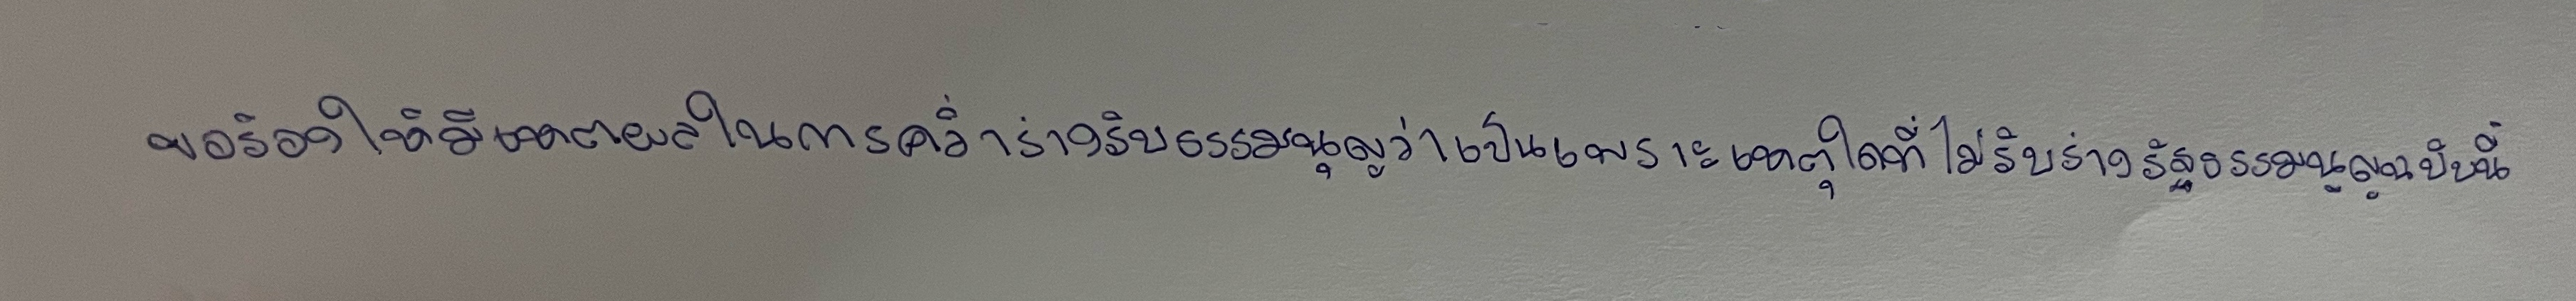
ขอร้องให้มีเหตุผลในการคว่ำร่างรับธรรมนูญว่าเป็นเพราะเหตุใดที่ไม่รับร่างรัฐธรรมนูญฉบับนี้